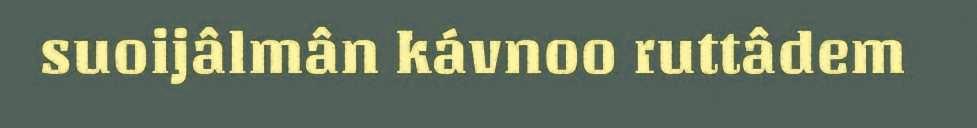
suoijâlmân kávnoo ruttâdem